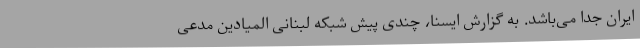
ایران جدا می‌باشد. به گزارش ایسنا، چندی پیش شبکه لبنانی المیادین مدعی